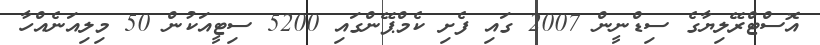
އޮސްޓްރޭލިޔާގެ ސިޑްނީން 2007 ގައި ފެށި ކެމްޕޭންގައި 5200 ސިޓީއަކުން 50 މިލިއަނެއްހާ